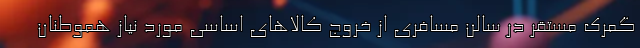
گمرک مستقر در سالن مسافری از خروج کالا‌های اساسی مورد نیاز هموطنان